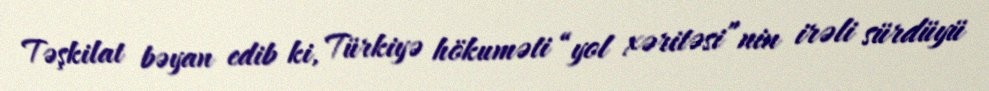
Təşkilat bəyan edib ki, Türkiyə hökuməti “yol xəritəsi”nin irəli sürdüyü